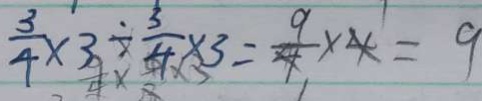
\frac { 3 } { 4 } \times 3 \div \frac { 3 } { 4 } \times 3 = \frac { 9 } { 1 } \times 1 = 9